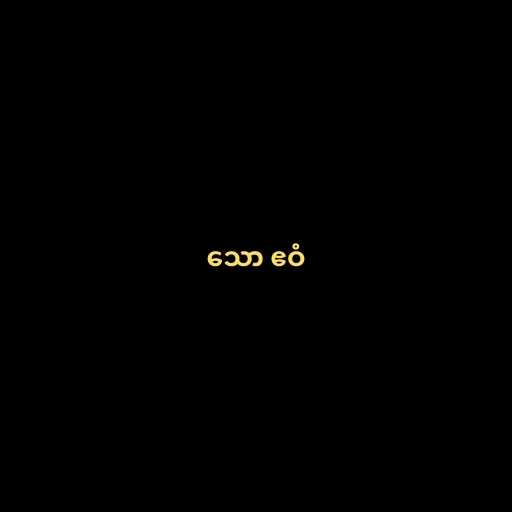
သော ဧဝံ